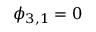
\phi _ { 3 , 1 } = 0